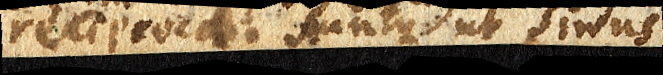
reciproca. Suntque ut sinus